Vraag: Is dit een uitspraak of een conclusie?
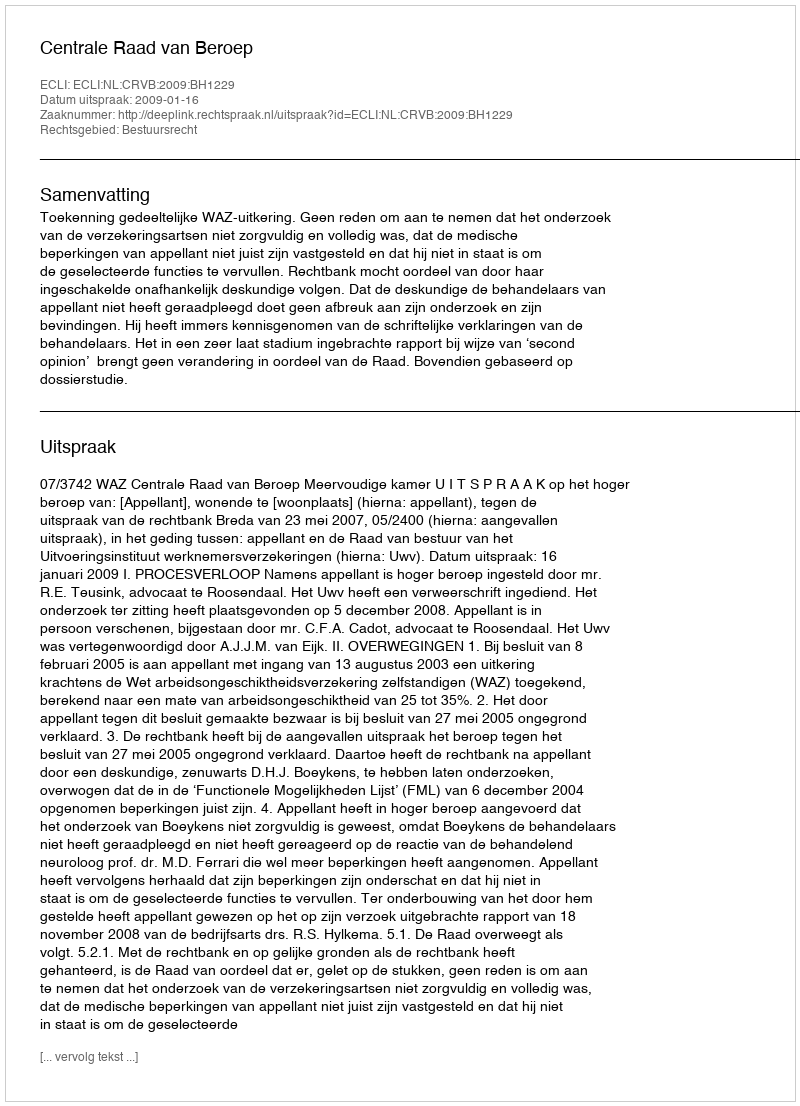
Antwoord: Uitspraak